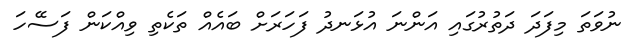
ނުވަތަ މިފަދަ ދަތުރުގައި އަންނަ އުޅަނދު ފަހަރަށް ބައެއް ތަކެތި ވިއްކަން ފަސޭހަ